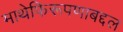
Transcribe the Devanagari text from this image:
माथेफिरूपणाबद्दल